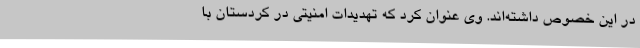
در این خصوص داشته‌اند. وی عنوان کرد که تهدیدات امنیتی در کردستان با